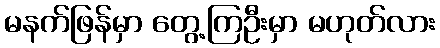
မနက်ဖြန်မှာ တွေ့ကြဦးမှာ မဟုတ်လား